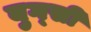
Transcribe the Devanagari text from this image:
बुग्‍सी